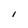
Character: I